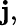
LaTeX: \mathbf{j},